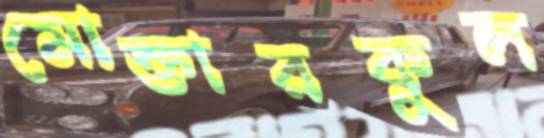
মোক্তারকুল